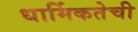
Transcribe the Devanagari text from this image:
धार्मिकतेची